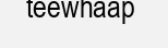
teewhaap